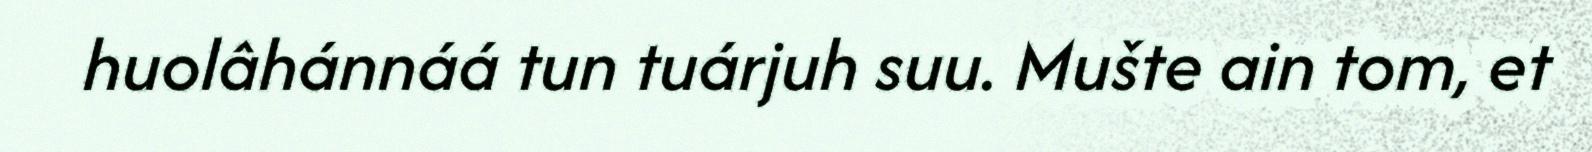
huolâhánnáá tun tuárjuh suu. Mušte ain tom, et